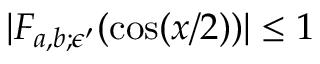
| F _ { a , b ; \epsilon ^ { \prime } } ( \cos ( x / 2 ) ) | \le 1